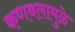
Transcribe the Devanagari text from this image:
कणबलामुळे